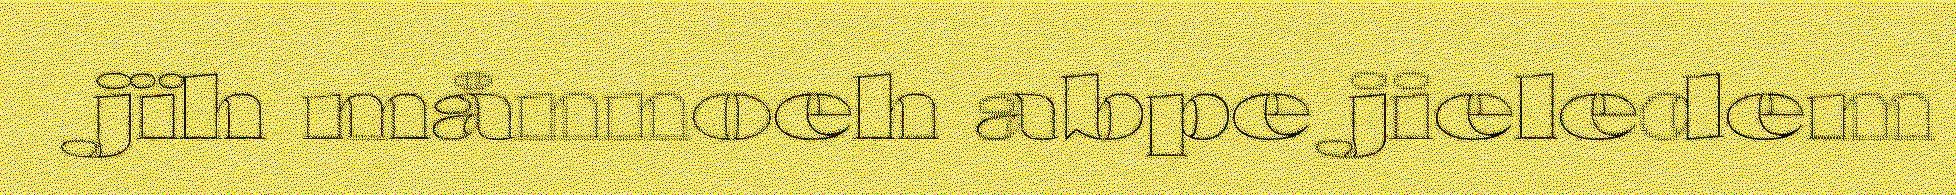
jïh månnoeh abpe jieledem